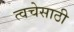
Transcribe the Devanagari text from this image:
त्वचेसाठी